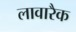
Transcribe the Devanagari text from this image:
लावारैक